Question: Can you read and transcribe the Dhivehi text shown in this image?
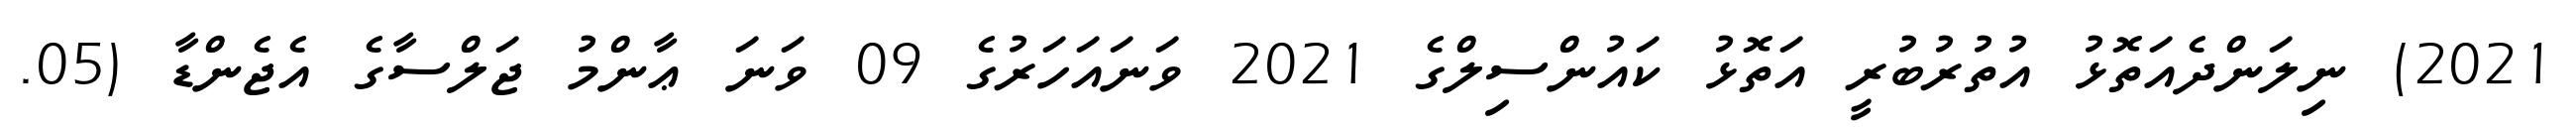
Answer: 2021) ނިލަންދެއަތޮޅު އުތުރުބުރީ އަތޮޅު ކައުންސިލްގެ 2021 ވަނައަހަރުގެ 09 ވަނަ ޢާންމު ޖަލްސާގެ އެޖެންޑާ (05.